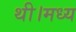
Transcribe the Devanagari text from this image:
थी।मध्य